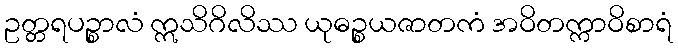
ဥတ္တရပဉ္စာလံ ဣသိဂိလိဿ ယုဓဉ္စယဇာတကံ အဝိတက္ကာဝိစာရံ